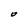
Character: O